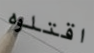
اقتلوه